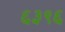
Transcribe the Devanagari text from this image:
६३९६